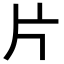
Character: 片